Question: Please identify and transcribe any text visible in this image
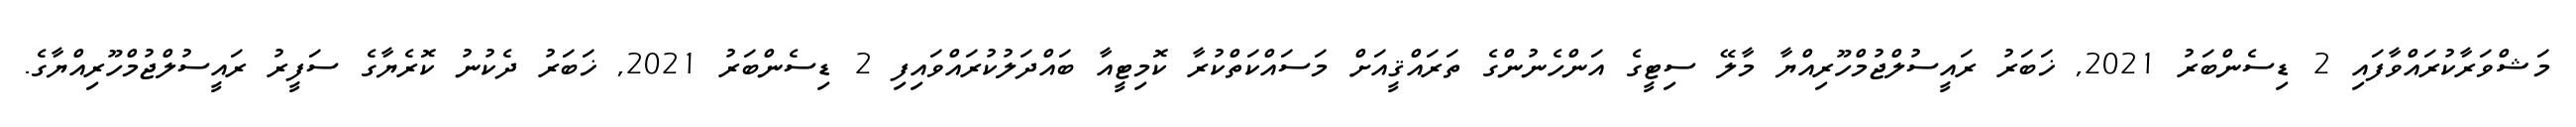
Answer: މަޝްވަރާކުރައްވާފައި 2 ޑިސެންބަރު 2021, ޚަބަރު ރައީސުލްޖުމްހޫރިއްޔާ މާލޭ ސިޓީގެ އަންހެނުންގެ ތަރައްޤީއަށް މަސައްކަތްކުރާ ކޮމިޓީއާ ބައްދަލުކުރައްވައިފި 2 ޑިސެންބަރު 2021, ޚަބަރު ދެކުނު ކޮރެޔާގެ ސަފީރު ރައީސުލްޖުމްހޫރިއްޔާގެ.